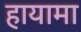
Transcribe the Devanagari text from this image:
हायामा